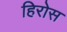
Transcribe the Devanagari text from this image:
हिरोस